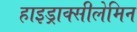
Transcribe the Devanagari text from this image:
हाइड्राक्सीलेमिन